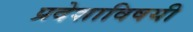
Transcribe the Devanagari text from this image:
प्रदेशाविषयी